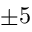
\pm 5